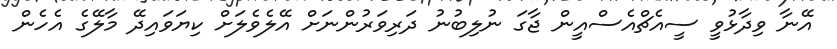
އޭނާ ވިދާޅުވީ ސީއެޗްއެސްއީން ޖާގަ ނުލިބުނު ދަރިވަރުންނަށް އޭލެވެލަށް ކިޔަވައިދޭ މާލޭގެ އެހެން